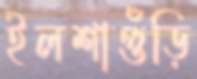
ইলশাগুঁড়ি